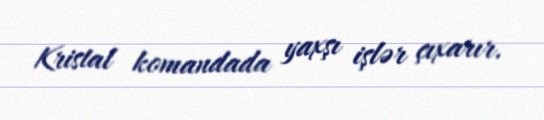
Kristal komandada yaxşı işlər çıxarır.